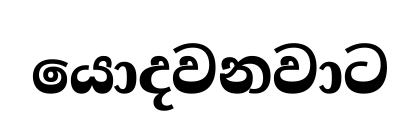
යොදවනවාට